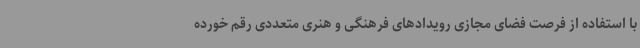
با استفاده از فرصت فضای مجازی رویدادهای فرهنگی و هنری متعددی رقم خورده